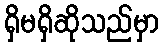
ရှိမရှိဆိုသည်မှာ